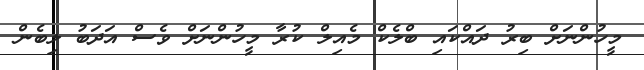
މީހުންނަށް ބިރު ދައްކައި ބްލެކް މެއިލް ކުރާ މީހުންނަށް ވެސް އަދަބު ލިބެން